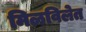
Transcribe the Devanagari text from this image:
मिळविलेत